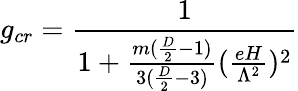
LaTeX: g_{cr}=\frac{1}{1+\frac{m(\frac{D}{2}-1)}{3(\frac{D}{2}-3)}(\frac{eH}{\Lambda^{2}})^{2}}